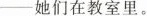
-她们在教室里。